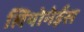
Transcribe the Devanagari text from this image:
लियोनेईस